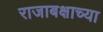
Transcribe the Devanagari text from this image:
राजाबक्षाच्या